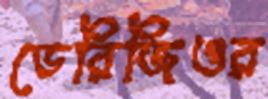
ডেরিজিওর